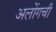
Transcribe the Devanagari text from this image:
अलोंगची